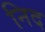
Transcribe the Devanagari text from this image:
निद